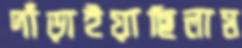
দাঁড়াইয়াছিলাম